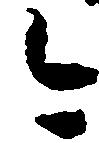
今